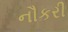
નૌકરી